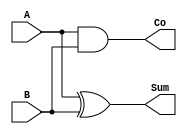
module HA(
    output Sum, Co,
    input  A, B
);

assign Sum = A ^ B;
assign Co = A & B;

endmodule